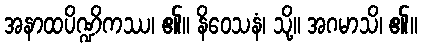
အနာထပိဏ္ဍိကဿ၊ ၏။ နိဝေသနံ၊ သို့။ အဂမာသိ၊ ၏။